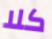
كلا